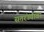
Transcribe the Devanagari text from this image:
सतरंज्यांवर